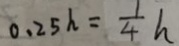
0 . 2 5 h = \frac { 1 } { 4 } h